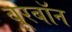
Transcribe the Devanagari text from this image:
बूरबॉन